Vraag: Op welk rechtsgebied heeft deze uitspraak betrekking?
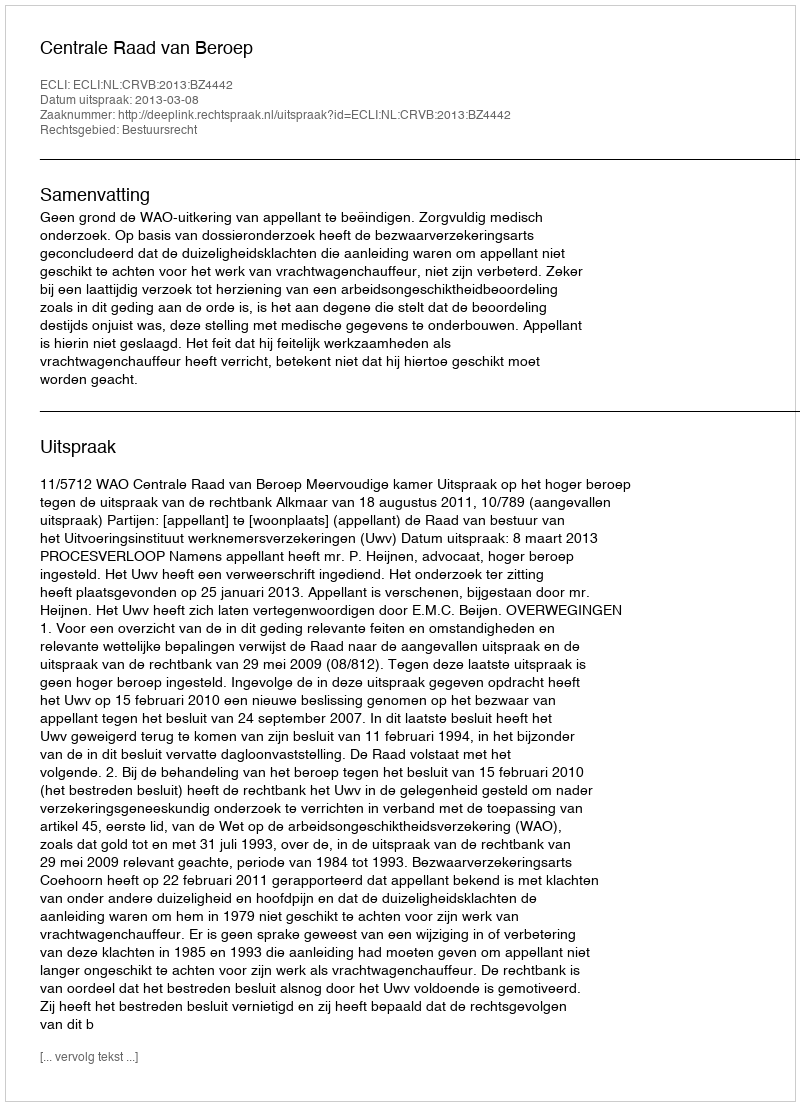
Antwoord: Bestuursrecht